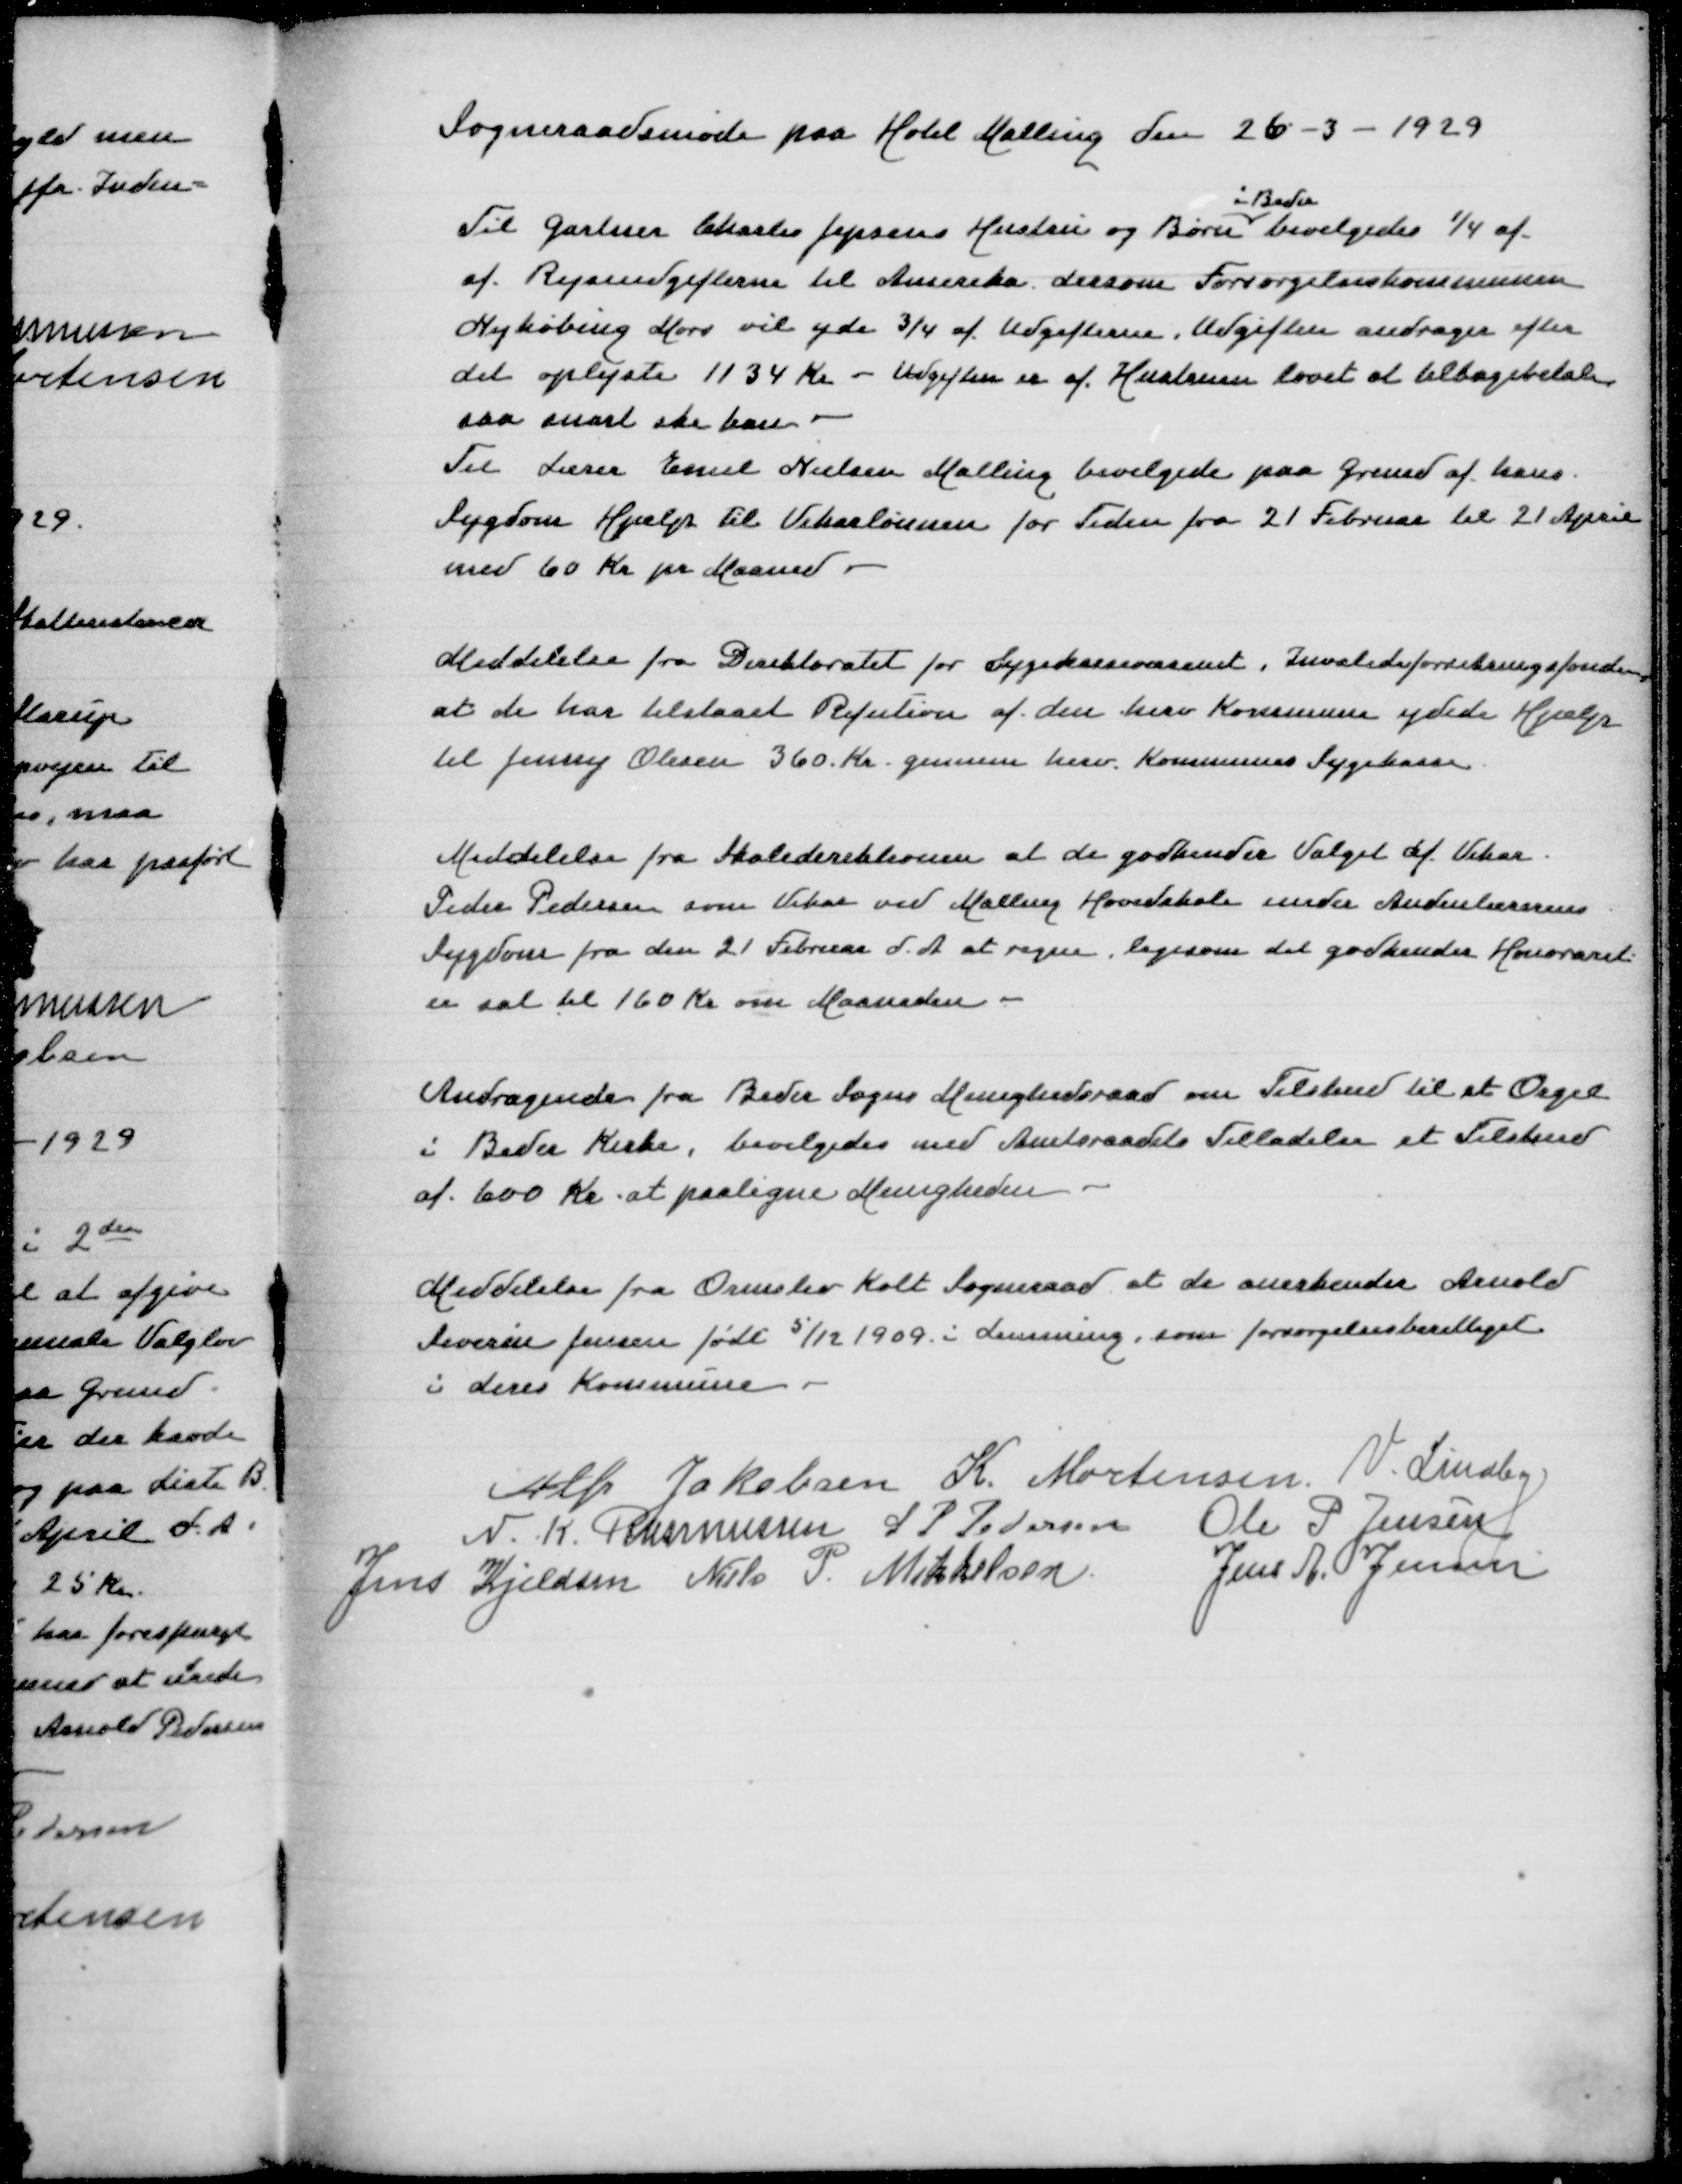
Transskription:
Sogneraadsmøde paa Hotel Malling den 26-3-1929

i Beder
Til Gartner Charles Jepsens Hustru og Børn bevilgedes 1/4 af
af Rejseudgifterne til Amerika dersom Forsørgelseskommunen
Nykøbing Mors vil yde 3/4 af Udgifterne, Udgiften andrager efter
det oplyste 1134 Kr - Udgiften er af Hustruen lovet at tilbagebetale
saa snart ske
Til Lærer Emil Nielsen Malling bevilgedes paa Grund af hans
Sygdom Hjælp til Vikarlønnen for Tiden fra 21 Februar til 21 April
med 60 Kr pr Maaned

Meddelelse fra Direktoratet for Sygekassenævnet, Invalideforsikringsfonden
at de har tilstaaet Refusion af den herv Kommune ydede Hjælp
til Jenny Olesen 360 Kr gennem herv Kommunes Sygekasse

Meddelelse fra Skoledirektionen at de godkender Valget af Vikar
Peder Pedersen som Vikar ved Malling Hovedskole under Andennlærerens
Sygdom fra den 21 Februar d A at regne, ligesom det godkender Honoraret
er sat til 160 Kr om Maaneden

Andragende fra Beder Sogns Menighedsraad om Tilskud til et Orgel
i Beder Kirke, bevilgedes med Amtsraadets Tilladelse et Tilskud
af 600 Kr at paaligne Menigheden

Meddelelse fra Ormslev Kolt Sogneraad at de anerkender Arnold
Severin Jensen født 5/12 1909 i Lemming, som forsørgelsesberettiget
i deres Kommune

Alfr Jakobsen
K Mortensen
V Lindby
N K Rasmussen
S P Pedersen
Ole P Jensen
Jens Kjeldsen
Niels P Mikkelsen
Jens A Jensen